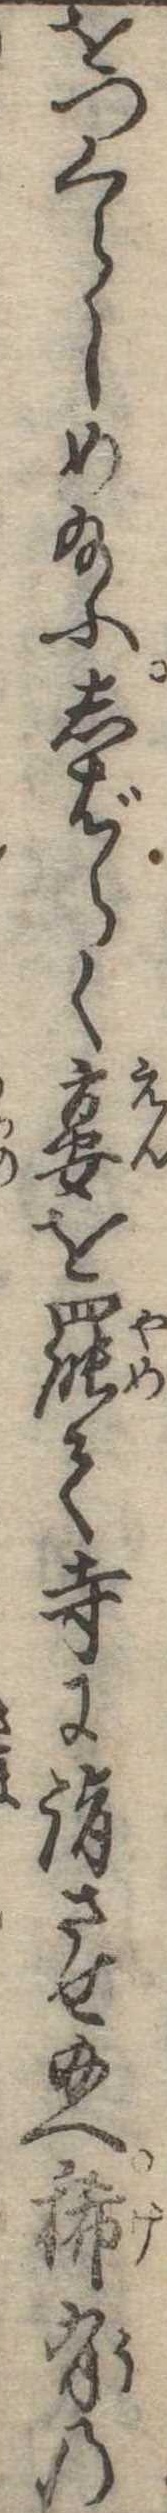
をつくらしめ給ふしばらく宴を罷て寺に詣させ給へ稀有の